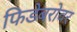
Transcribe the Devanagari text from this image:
फिडेबरोवर